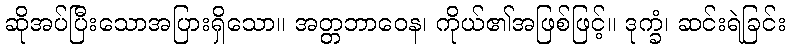
ဆိုအပ်ပြီးသောအပြားရှိသော။ အတ္တဘာဝေန၊ ကိုယ်၏အဖြစ်ဖြင့်။ ဒုက္ခံ၊ ဆင်းရဲခြင်း